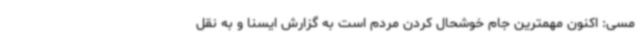
مسی: اکنون مهمترین جام خوشحال کردن مردم است به گزارش ایسنا و به نقل